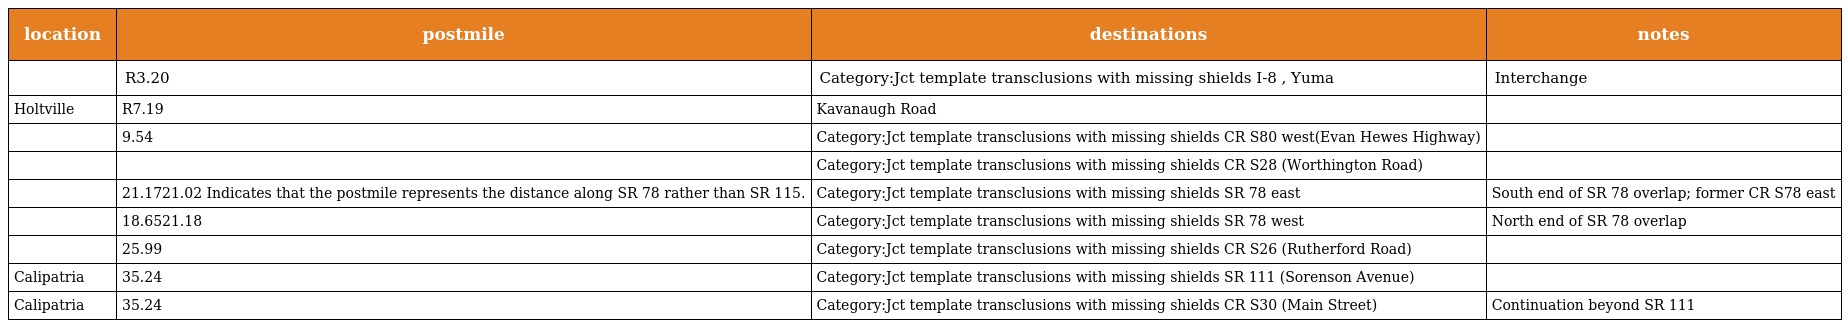
| location | postmile | destinations | notes |
 | --- | --- | --- | --- |
 |  | R3.20 | Category:Jct template transclusions with missing shields I-8 , Yuma | Interchange |
 | Holtville | R7.19 | Kavanaugh Road |  |
 |  | 9.54 | Category:Jct template transclusions with missing shields CR S80 west(Evan Hewes Highway) |  |
 |  |  | Category:Jct template transclusions with missing shields CR S28 (Worthington Road) |  |
 |  | 21.1721.02 Indicates that the postmile represents the distance along SR 78 rather than SR 115. | Category:Jct template transclusions with missing shields SR 78 east | South end of SR 78 overlap; former CR S78 east |
 |  | 18.6521.18 | Category:Jct template transclusions with missing shields SR 78 west | North end of SR 78 overlap |
 |  | 25.99 | Category:Jct template transclusions with missing shields CR S26 (Rutherford Road) |  |
 | Calipatria | 35.24 | Category:Jct template transclusions with missing shields SR 111 (Sorenson Avenue) |  |
 | Calipatria | 35.24 | Category:Jct template transclusions with missing shields CR S30 (Main Street) | Continuation beyond SR 111 |